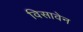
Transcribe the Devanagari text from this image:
विसावेन